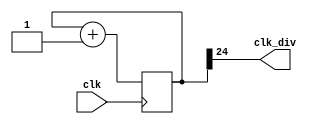
module clock_divider #(parameter n=25)(
    input clk,
    output clk_div
);
    reg [n-1:0] num=0;
    wire [n-1:0] next_num;

    always @(posedge clk) begin
        num <= next_num;
    end
    
    assign next_num = num+1;
    assign clk_div = num[n-1];
endmodule

module lab3_2(
    input clk,
    input rst,
    input en,
    input dir,
    output [15:0] led
);
    parameter [1:0] FLASH=2'b00;
    parameter [1:0] SHIFT=2'b01;
    parameter [1:0] EXPAND=2'b10;

    reg [15:0] out=65535,led_next=0;
    reg [1:0] state=FLASH, state_next=FLASH;
    reg [3:0] cnt=0,cnt_next=0;
    wire myclk;
    clock_divider #(.n(25)) cd25(.clk(clk), .clk_div(myclk));

    assign led=out;

    /*initial begin
        $monitor($time," state=%d, out=%d, cnt=%d",state,out,cnt);
    end*/

    //flipflop
    always @(posedge myclk,posedge rst) begin
        if(rst==1) begin
            cnt<=0;
            out<=(2**16)-1;
            state <= FLASH;
        end else begin
            cnt <= cnt_next;
            out<=led_next;
            state <= state_next;
        end
    end

    //combinationl block
    always @(*) begin
        if(en==0) begin
            cnt_next<=cnt;
            state_next<=state;
            led_next=led;
        end else begin
            if(state==FLASH) begin
                if(cnt<6*2) begin
                    cnt_next=cnt+1;
                    state_next=FLASH;
                    led_next = ~led;
                end else begin
                    state_next=SHIFT;
                    led_next=16'b1010_1010_1010_1010;
                    cnt_next=0;
                end
            end else if(state==SHIFT) begin
                state_next=SHIFT;
                case (led)
                    16'b1000_0000_0000_0000:
                        led_next=dir ? 16'b0000_0000_0000_0000 : 16'b0100_0000_0000_0000;
                    16'b0100_0000_0000_0000:
                        led_next=dir ? 16'b1000_0000_0000_0000 : 16'b1010_0000_0000_0000;
                    16'b1010_0000_0000_0000:
                        led_next=dir ? 16'b0100_0000_0000_0000 : 16'b0101_0000_0000_0000;
                    16'b0101_0000_0000_0000:
                        led_next=dir ? 16'b1010_0000_0000_0000 : 16'b1010_1000_0000_0000;
                    16'b1010_1000_0000_0000:
                        led_next=dir ? 16'b0101_0000_0000_0000 : 16'b0101_0100_0000_0000;
                    16'b0101_0100_0000_0000:
                        led_next=dir ? 16'b1010_1000_0000_0000 : 16'b1010_1010_0000_0000;
                    16'b1010_1010_0000_0000:
                        led_next=dir ? 16'b0101_0100_0000_0000 : 16'b0101_0101_0000_0000;
                    16'b0101_0101_0000_0000:
                        led_next=dir ? 16'b1010_1010_0000_0000 : 16'b1010_1010_1000_0000;
                    16'b1010_1010_1000_0000:
                        led_next=dir ? 16'b0101_0101_0000_0000 : 16'b0101_0101_0100_0000;
                    16'b0101_0101_0100_0000:
                        led_next=dir ? 16'b1010_1010_1000_0000 : 16'b1010_1010_1010_0000;
                    16'b1010_1010_1010_0000:
                        led_next=dir ? 16'b0101_0101_0100_0000 : 16'b0101_0101_0101_0000;
                    16'b0101_0101_0101_0000:
                        led_next=dir ? 16'b1010_1010_1010_0000 : 16'b1010_1010_1010_1000;
                    16'b1010_1010_1010_1000:
                        led_next=dir ? 16'b0101_0101_0101_0000 : 16'b0101_0101_0101_0100;
                    16'b0101_0101_0101_0100:
                        led_next=dir ? 16'b1010_1010_1010_1000 : 16'b1010_1010_1010_1010;
                    16'b1010_1010_1010_1010:
                        led_next=dir ? 16'b0101_0101_0101_0100 : 16'b0101_0101_0101_0101;
                    16'b0101_0101_0101_0101:
                        led_next=dir ? 16'b1010_1010_1010_1010 : 16'b0010_1010_1010_1010;
                    16'b0010_1010_1010_1010:
                        led_next=dir ? 16'b0101_0101_0101_0101 : 16'b0001_0101_0101_0101;
                    16'b0001_0101_0101_0101:
                        led_next=dir ? 16'b0010_1010_1010_1010 : 16'b0000_1010_1010_1010;
                    16'b0000_1010_1010_1010:
                        led_next=dir ? 16'b0001_0101_0101_0101 : 16'b0000_0101_0101_0101;
                    16'b0000_0101_0101_0101:
                        led_next=dir ? 16'b0000_1010_1010_1010 : 16'b0000_0010_1010_1010;
                    16'b0000_0010_1010_1010:
                        led_next=dir ? 16'b0000_0101_0101_0101 : 16'b0000_0001_0101_0101;
                    16'b0000_0001_0101_0101:
                        led_next=dir ? 16'b0000_0010_1010_1010 : 16'b0000_0000_1010_1010;
                    16'b0000_0000_1010_1010:
                        led_next=dir ? 16'b0000_0001_0101_0101 : 16'b0000_0000_0101_0101;
                    16'b0000_0000_0101_0101:
                        led_next=dir ? 16'b0000_0000_1010_1010 : 16'b0000_0000_0010_1010;
                    16'b0000_0000_0010_1010:
                        led_next=dir ? 16'b0000_0000_0101_0101 : 16'b0000_0000_0001_0101;
                    16'b0000_0000_0001_0101:
                        led_next=dir ? 16'b0000_0000_0010_1010 : 16'b0000_0000_0000_1010;
                    16'b0000_0000_0000_1010:
                        led_next=dir ? 16'b0000_0000_0001_0101 : 16'b0000_0000_0000_0101;
                    16'b0000_0000_0000_0101:
                        led_next=dir ? 16'b0000_0000_0000_1010 : 16'b0000_0000_0000_0010;
                    16'b0000_0000_0000_0010:
                        led_next=dir ? 16'b0000_0000_0000_0101 : 16'b0000_0000_0000_0001;
                    16'b0000_0000_0000_0001:
                        led_next=dir ? 16'b0000_0000_0000_0010 : 16'b0000_0000_0000_0000;
                    16'b0000_0000_0000_0000: begin
                        led_next=16'b0000_0001_1000_0000;
                        state_next=EXPAND;
                    end
                endcase
            end else if(state==EXPAND) begin
                if(dir==0) begin    //expand
                    if(led==0) begin    //special case
                        state_next=EXPAND;
                        led_next=16'b0000_0001_1000_0000;
                    end else begin
                        state_next=EXPAND;
                        led_next=(led<<1) | (led>>1);
                    end
                end else begin  //shrink
                    state_next=EXPAND;
                    led_next=(led<<1) & (led>>1);
                end
                if(led==2**16-1) begin
                    state_next=FLASH;
                    led_next=0;
                    cnt_next=1;
                end
            end else begin
                state_next=FLASH;
                led_next=0;
                cnt_next=0;
            end
        end
    end
endmodule